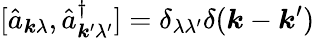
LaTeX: [\hat{a}_{\boldsymbol{k}\lambda},\hat{a}_{\boldsymbol{k}^{\prime}\lambda^{\prime}}^{\dagger}]=\delta_{\lambda\lambda^{\prime}}\delta(\boldsymbol{k}-\boldsymbol{k}^{\prime})